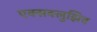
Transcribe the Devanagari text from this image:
एक्सक्लुझिव